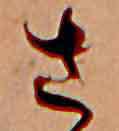
さ